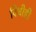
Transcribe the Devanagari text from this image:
विधीही